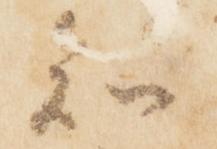
知